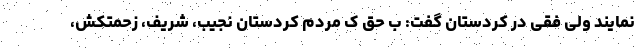
نمایند ولی فقی در کردستان گفت: ب حق ک مردم کردستان نجیب، شریف، زحمتکش،